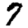
Digit: 7